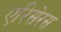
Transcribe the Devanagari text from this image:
एरिसेरस